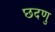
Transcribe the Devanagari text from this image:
छदणु